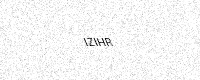
Text: IZIHR